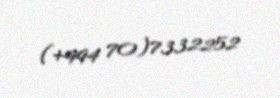
(+994 70)7332252